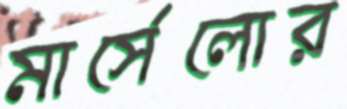
মার্সেলোর